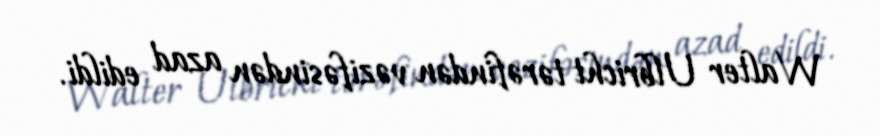
Walter Ulbricht tərəfindən vəzifəsindən azad edildi.